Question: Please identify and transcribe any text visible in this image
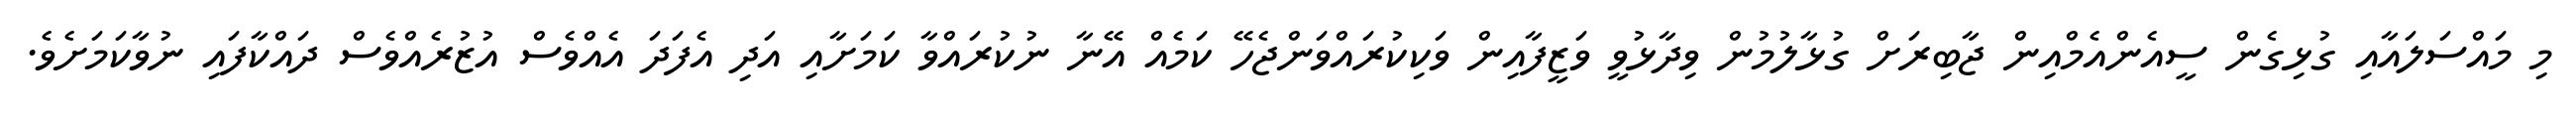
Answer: މި މައްސަލައާއި ގުޅިގެން ސީއެންއެމްއިން ޖާބިރަށް ގުޅާލުމުން ވިދާޅުވީ ވަޒީފާއިން ވަކިކުރައްވަންޖެހޭ ކަމެއް އޭނާ ނުކުރައްވާ ކަމަށާއި އަދި އެފަދަ އެއްވެސް އުޒުރެއްވެސް ދައްކާފައި ނުވާކަމަށެވެ.